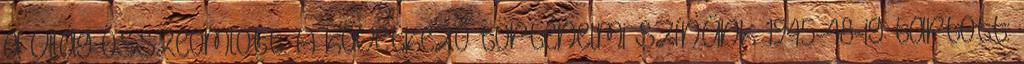
a világ összeomlott. A következő történelmi színünk 1945-48-ig tartott: